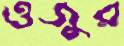
ওজুর